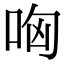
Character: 哅